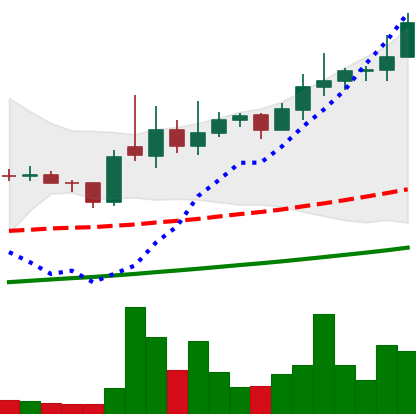
Ticker: XLM-USD
Chart end date: 2021-02-11
Forward return: 7.44%
Label: up_7plus